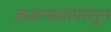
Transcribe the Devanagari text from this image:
जळगावापासून